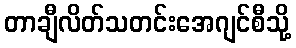
တာချီလိတ်သတင်းအေဂျင်စီသို့